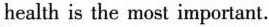
health is the most important.